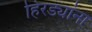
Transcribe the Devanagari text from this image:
हिरड्यांना